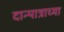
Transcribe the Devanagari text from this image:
दान्पात्राच्या